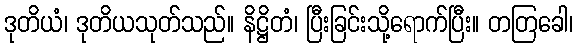
ဒုတိယံ၊ ဒုတိယသုတ်သည်။ နိဋ္ဌိတံ၊ ပြီးခြင်းသို့ရောက်ပြီး။ တတြခေါ၊